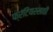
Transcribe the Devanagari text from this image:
फ्रंटियरसाठी